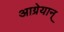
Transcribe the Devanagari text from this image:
आग्रेयान्